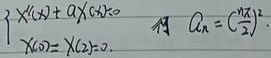
\[
\begin{cases}
\text{有} & X''(x)+\lambda X(x)=0\\
\text{且} & X(0)=X(2)=0
\end{cases}
\quad \text{且} \quad \lambda_{n}=(\frac{n\pi}{2})^{2}
\]